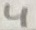
Text: 4